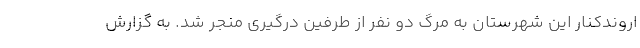
اروندکنار این شهرستان به مرگ دو نفر از طرفین درگیری منجر شد. به گزارش